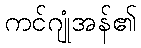
ကင်ဂျုံအန်၏